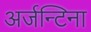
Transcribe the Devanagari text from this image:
अर्जन्टिना